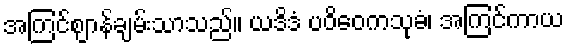
အကြင်ဈာန်ချမ်းသာသည်။ ယဒိဒံ ပဝိဝေကသုခံ၊ အကြင်ကာယ